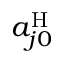
a _ { j 0 } ^ { \mathrm { H } }